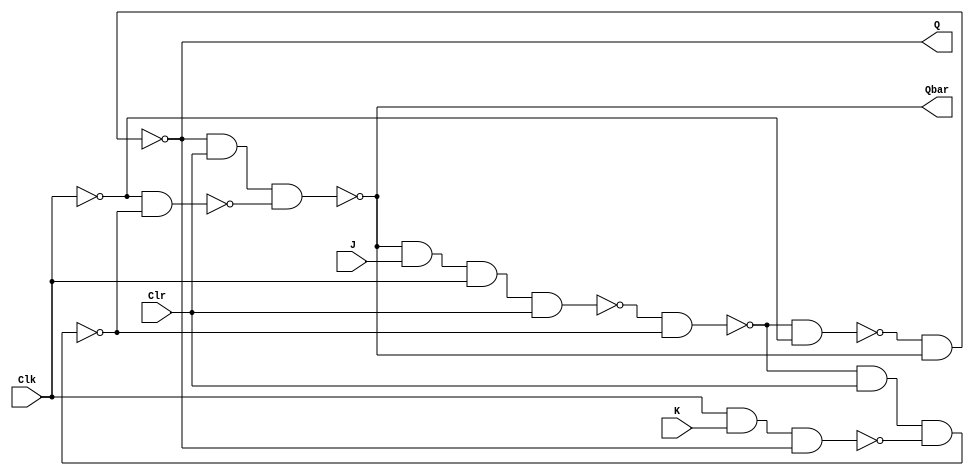
module JKFlipFlop(Q, Qbar, J, K, Clk, Clr);
	output Q, Qbar;
	input J, K, Clr, Clk;
	
	nand n01(a, Qbar, J, Clk, Clr);
	nand n02(b, Clk, K, Q);
	nand n11(y, a, ybar);
	nand n12(ybar, y, Clr, b);
	not n0(cbar, Clk);
	nand n21(c, y, cbar);
	nand n22(d, cbar, ybar);
	nand n31(Q, c, Qbar);
	nand n32(Qbar, Q, Clr, d);

endmodule